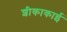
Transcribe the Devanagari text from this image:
शीकाकाई